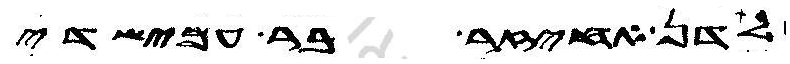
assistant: לדן אחיזר בר עמישדי